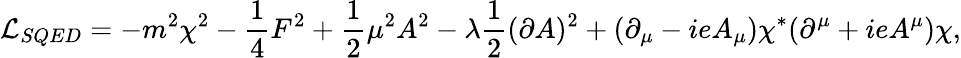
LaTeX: {\cal L}_{SQED}=-m^{2}\chi^{2}-\frac{1}{4}F^{2}+\frac{1}{2}\mu^{2}A^{2}-\lambda\frac{1}{2}(\partial A)^{2}+(\partial_{\mu}-ieA_{\mu})\chi^{*}(\partial^{\mu}+ieA^{\mu})\chi,